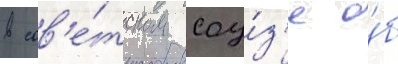
в сов'е́тском соу́з'е о́б